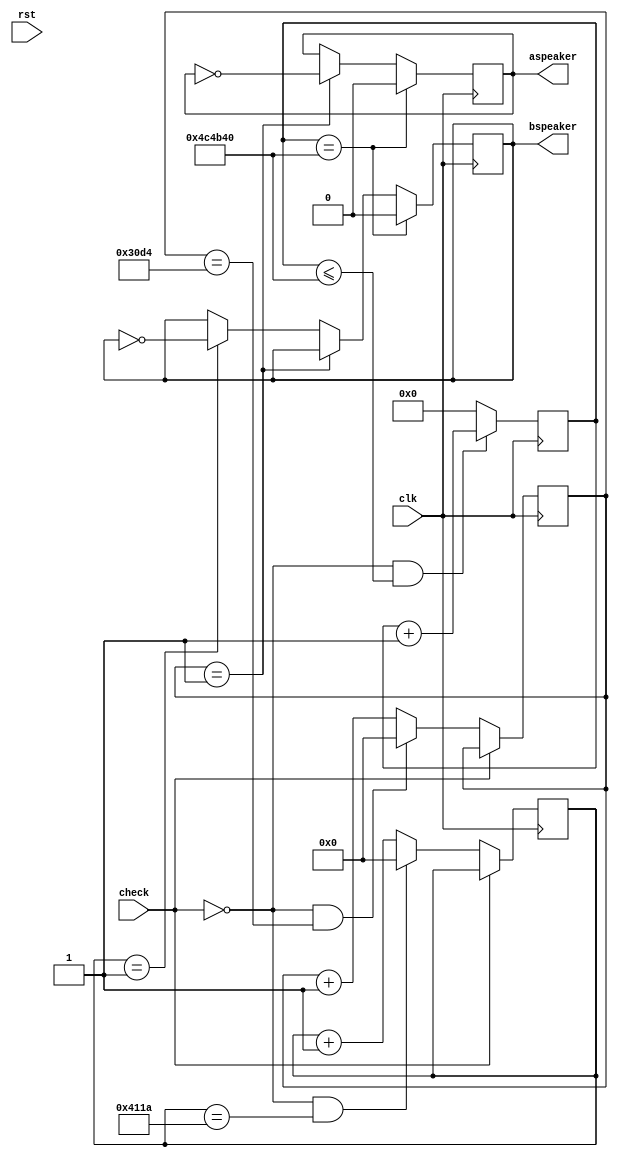
module buzzer(clk,rst,aspeaker,bspeaker,check);
	input clk,rst,check;
	output aspeaker,bspeaker;
	reg[15:0]acounter,bcounter;
	reg aspeaker,bspeaker;
	reg[23:0]tone;
	parameter a=10000000/400/2;
	parameter b=10000000/300/2;
	
	always@(posedge clk)begin
		if(check==0&&tone<=5000000)tone=tone+1;
		else tone=0;
	end
	
	//control aspeaker
	always@(posedge clk )begin
		if(check==1)acounter=acounter;
		else if(check==0&&acounter==a)acounter=0;
		else acounter=acounter+1;
	end
	//control bspeaker
	always@(posedge clk )begin
		if(check==1)bcounter=bcounter;
		else if(check==0&&bcounter==b)bcounter=0;
		else bcounter=bcounter+1;
	end
	always@(posedge clk)begin
		if(tone==5000000)begin
			aspeaker=0;
			bspeaker=0;
		end
		else if(acounter==1) aspeaker=~aspeaker;
		else if(bcounter==1) bspeaker=~bspeaker;
	end
	
endmodule